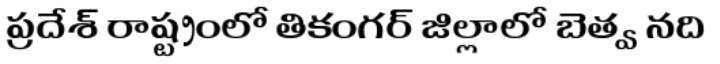
ప్రదేశ్ రాష్ట్రంలో తికంగర్ జిల్లాలో బెత్వ నది